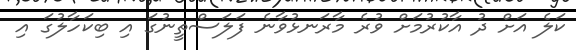
ކަލެ އަށް ދު އާކުރުމަށް ވުރެ މާރަނޅުވާނެ ފަލަސްތީނުގަ އި ބިކަހާލުގަ އި